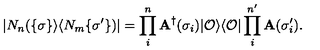
| N _ { n } ( \{ \sigma \} \rangle \langle N _ { m } \{ \sigma ^ { \prime } \} ) | = \prod _ { i } ^ { n } { \bf A } ^ { \dag } ( \sigma _ { i } ) | { \cal O } \rangle \langle { \cal O } | \prod _ { i } ^ { n ^ { \prime } } { \bf A } ( \sigma _ { i } ^ { \prime } ) .